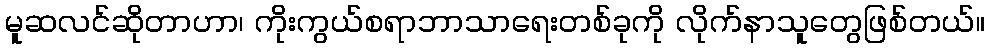
မူဆလင်ဆိုတာဟာ၊ ကိုးကွယ်စရာဘာသာရေးတစ်ခုကို လိုက်နာသူတွေဖြစ်တယ်။